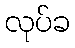
လုပ်ခ